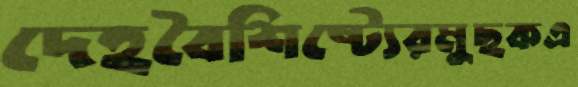
দেহবৈশিষ্ট্যেরমুছকএ